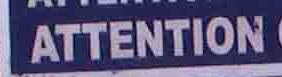
attention